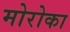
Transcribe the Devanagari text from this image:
मोरोका